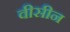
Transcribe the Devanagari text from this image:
वीसीन